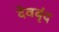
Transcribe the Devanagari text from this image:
देवबृंद